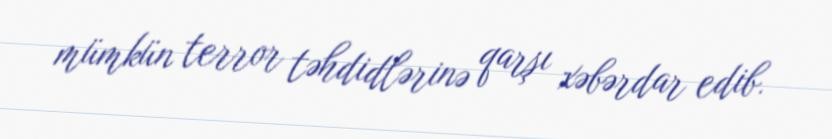
mümkün terror təhdidlərinə qarşı xəbərdar edib.